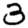
Digit: 3